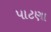
પાટણા